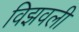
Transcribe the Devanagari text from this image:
विझवली